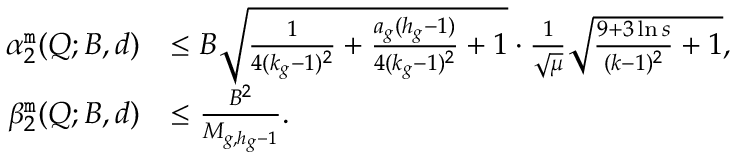
\begin{array} { r l } { \alpha _ { 2 } ^ { \tt m } ( Q ; B , d ) } & { \leq B \sqrt { \frac { 1 } { 4 ( k _ { g } - 1 ) ^ { 2 } } + { \frac { a _ { g } ( h _ { g } - 1 ) } { 4 ( k _ { g } - 1 ) ^ { 2 } } } + 1 } \cdot \frac { 1 } { \sqrt { \mu } } \sqrt { \frac { 9 + 3 \ln s } { ( k - 1 ) ^ { 2 } } + 1 } , } \\ { \beta _ { 2 } ^ { \tt m } ( Q ; B , d ) } & { \leq \frac { B ^ { 2 } } { M _ { g , h _ { g } - 1 } } . } \end{array}